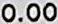
0.00